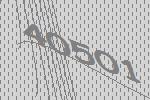
40501